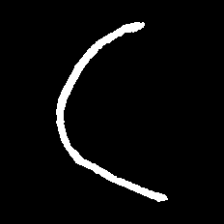
Pyu character \u2014 Myanmar letter: ဋ (romanized: tta)